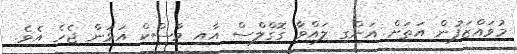
މުވައްޒަފުން އަތަށް އަންގި ލައްވާ ގޮގްލްސް އާއި މާސްކް އަޅަން ޖެހެ އެވެ.